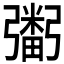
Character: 𢐮